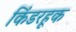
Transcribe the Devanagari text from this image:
किंडरहूक